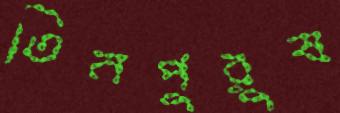
তিনপুরুষ